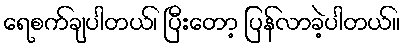
ရေစက်ချပါတယ်၊ ပြီးတော့ ပြန်လာခဲ့ပါတယ်။